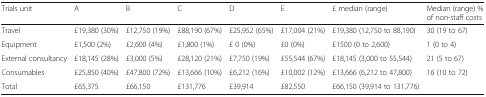
<table><thead><tr><td><b>Trials unit</b></td><td><b>A</b></td><td><b>B</b></td><td><b>C</b></td><td><b>D</b></td><td><b>E</b></td><td><b>£ median (range)</b></td><td><b>Median (range) % of non-staff costs</b></td></tr></thead><tbody><tr><td>Travel</td><td>£19,380 (30%)</td><td>£12,750 (19%)</td><td>£88,190 (67%)</td><td>£25,952 (65%)</td><td>£17,004 (21%)</td><td>£19,380 (12,750 to 88,190)</td><td>30 (19 to 67)</td></tr><tr><td>Equipment</td><td>£1,500 (2%)</td><td>£2,600 (4%)</td><td>£1,800 (1%)</td><td>£ 0 (0%)</td><td>£0 (0%)</td><td>£1500 (0 to 2,600)</td><td>1 (0 to 4)</td></tr><tr><td>External consultancy</td><td>£18,145 (28%)</td><td>£3,000 (5%)</td><td>£28,120 (21%)</td><td>£7,750 (19%)</td><td>£55,544 (67%)</td><td>£18,145 (3,000 to 55,544)</td><td>21 (5 to 67)</td></tr><tr><td>Consumables</td><td>£25,850 (40%)</td><td>£47,800 (72%)</td><td>£13,666 (10%)</td><td>£6,212 (16%)</td><td>£10,002 (12%)</td><td>£13,666 (6,212 to 47,800)</td><td>16 (10 to 72)</td></tr><tr><td>Total</td><td>£65,375</td><td>£66,150</td><td>£131,776</td><td>£39,914</td><td>£82,550</td><td>£66,150 (39,914 to 131,776)</td><td></td></tr></tbody></table>